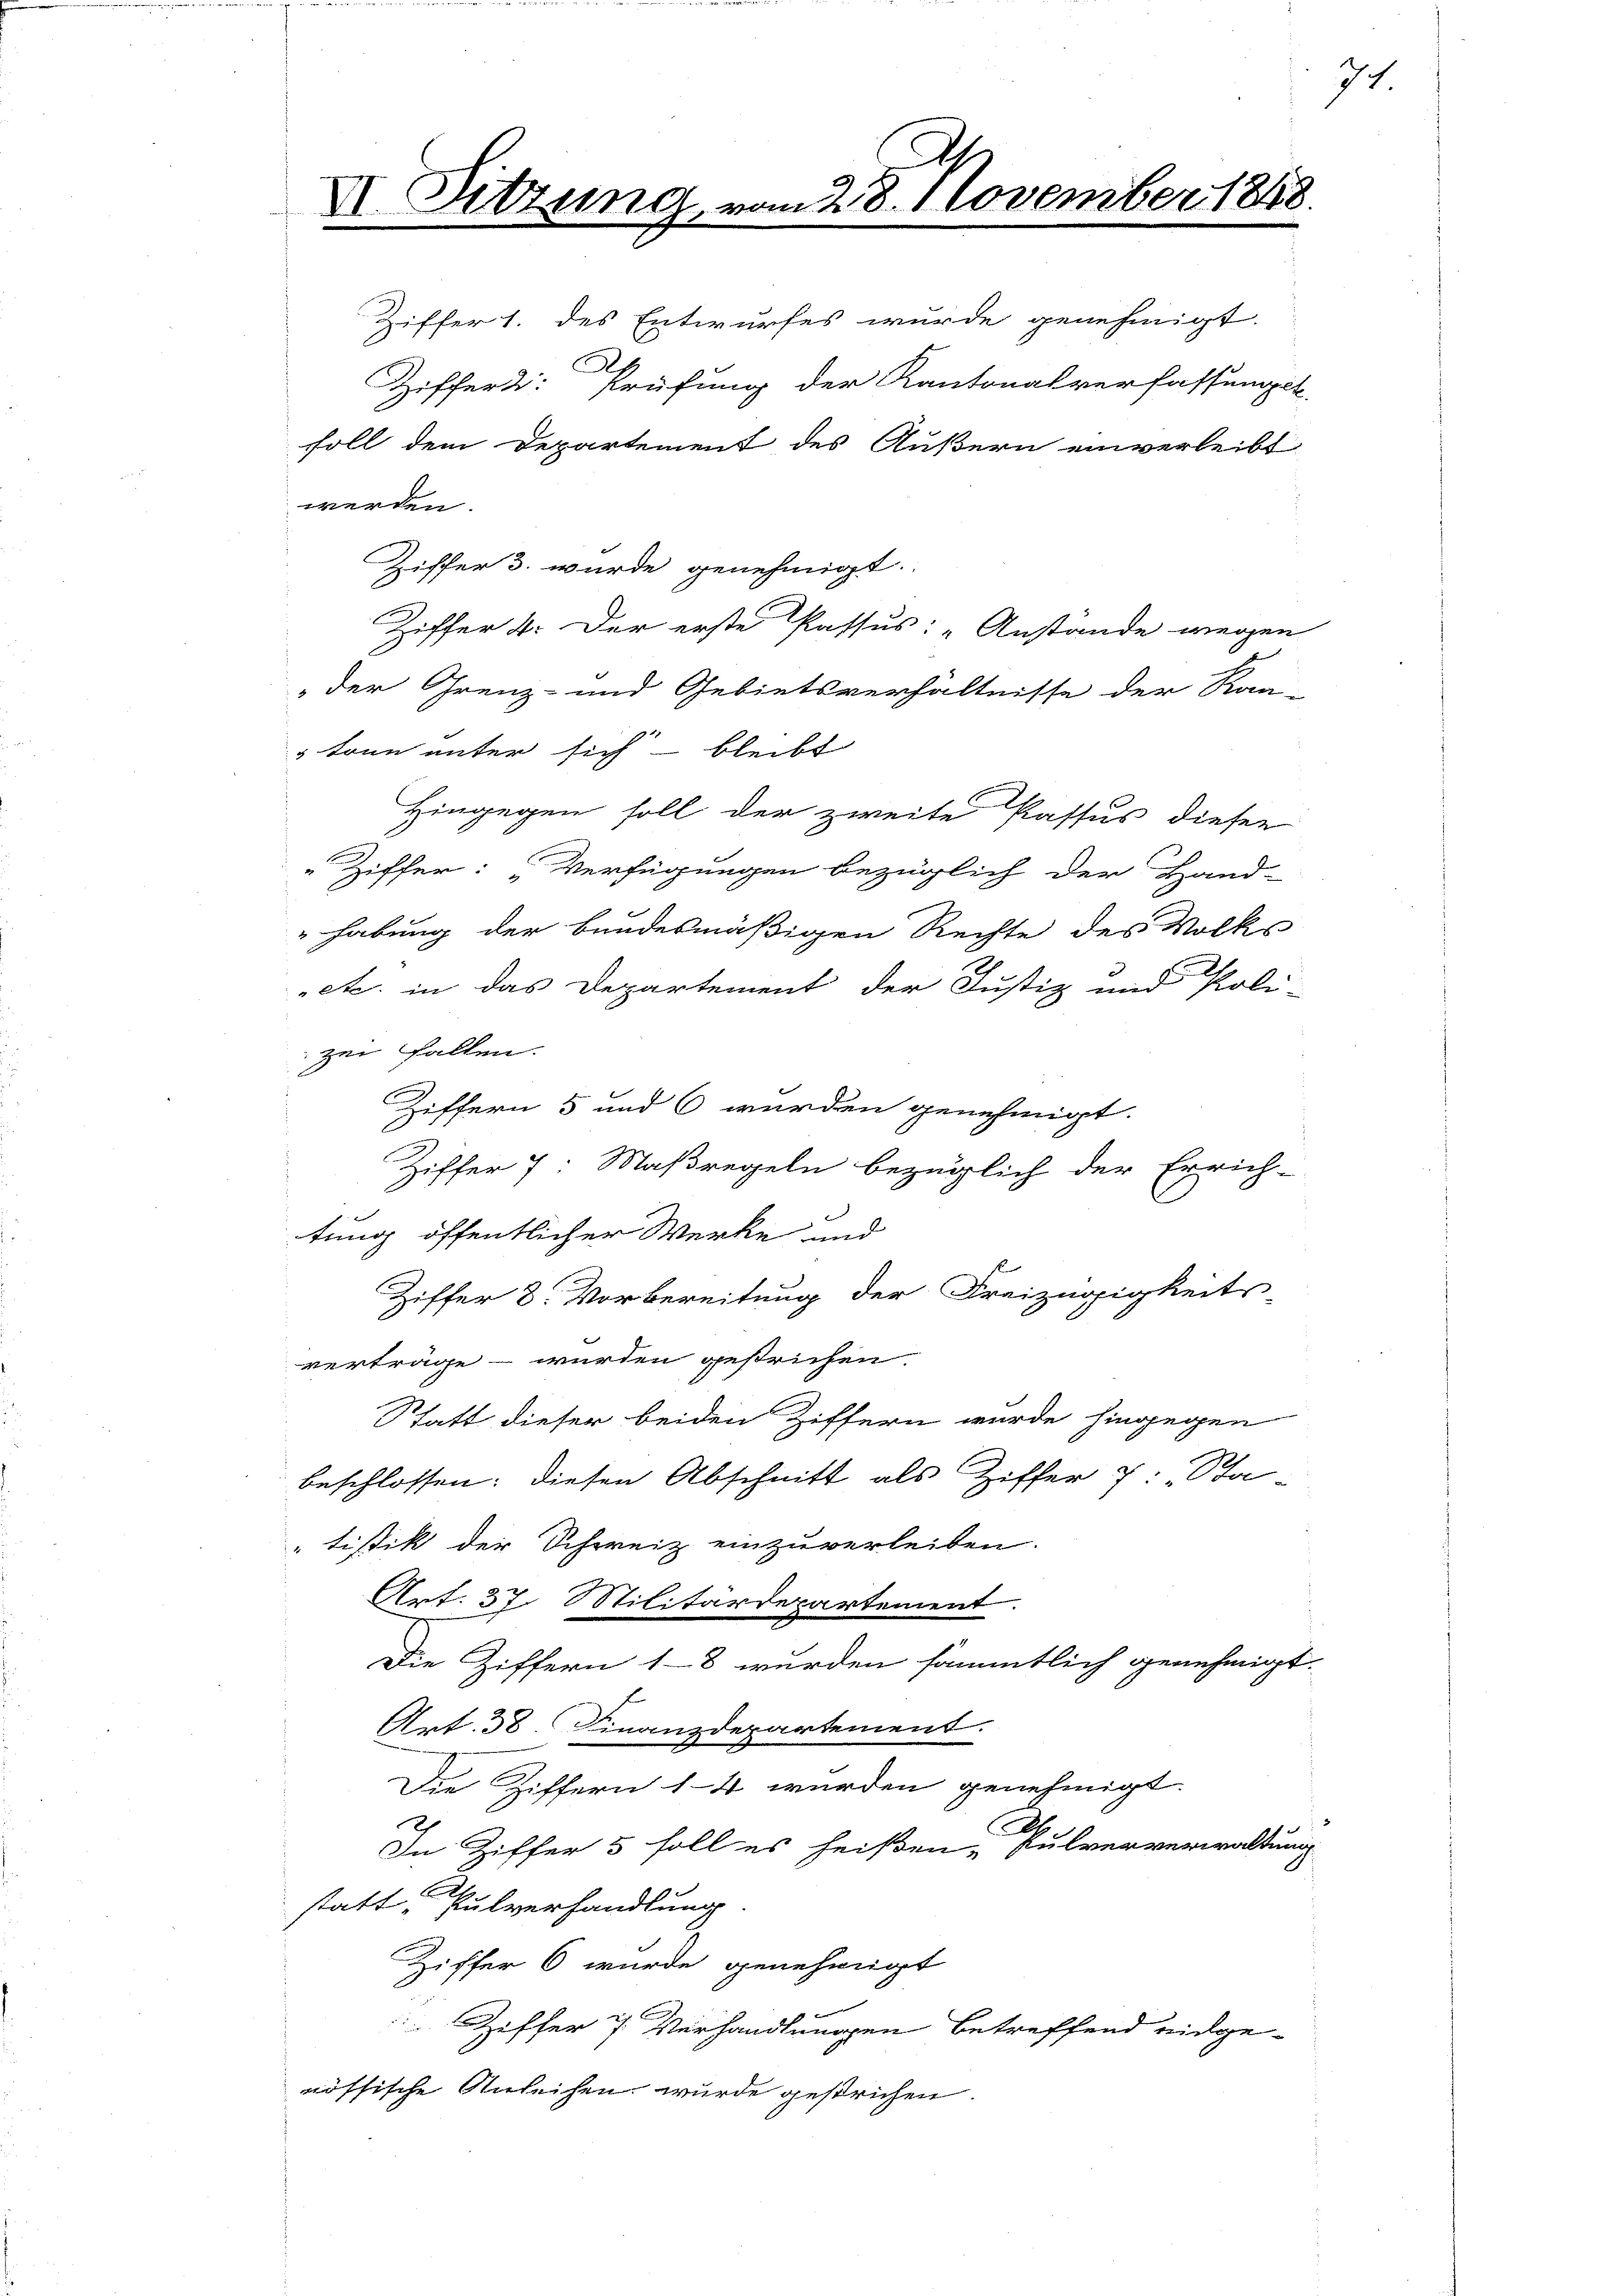
werden.
Ziffer 3. wurde genehmigt.
Ziffer 4. Der erste Passus: „Anstande wegen
„der Grenz- und Gebietsverhältnisse der Kan-
 treu unter sich bleibt
Hingegen soll der zweite Passus dieser
Ziffer: Verfügungen bezüglich der Hand-
habung der bundesmäßigen Rechte des Volks
etc. in das Departement der Justiz und Poli-
zei fallen.
Ziffern 5 und 6 wurden genehmigt.
Ziffer 7: Maßregeln bezüglich der Errich-
tung öffentlicher Werke und
Ziffer 8. Vorbereitung der Freizügigkeits
verträge - wurden gestrichen.
Statt dieser beiden Ziffern wurde hingegen
beschlossen: diesen Abschnitt als Ziffer 7. Sta
tistik der Schweiz einzuverleiben.
Art. 37. Militärdepartement.
Die Ziffern 1-8 wurden sämmtlich genehmigt.
Art. 38 Finanzdepartement.
Die Ziffern 14 wurden genehmigt.
In Ziffer 5 soll es heißen Pulververwaltung
statt, Pulverhandlung
Ziffer 6 wurde genehmigt
 Ziffer 7 Verhandlungen betreffend eidgenössische Anleihen wurde gestrichen.

.
XI. Sitzung, vom 28. November 1848.
Ziffer 1. des Entwurfes wurde genehmigt.

Ziffert: Prüfung der Kantonalverfassungst
soll dem Departement des Äußern einverleibt

71